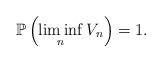
LaTeX: \begin{align*}\mathbb{P}\left(\liminf_n V_n \right) = 1.\end{align*}